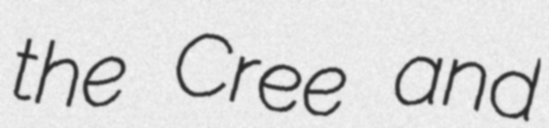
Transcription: the Cree and